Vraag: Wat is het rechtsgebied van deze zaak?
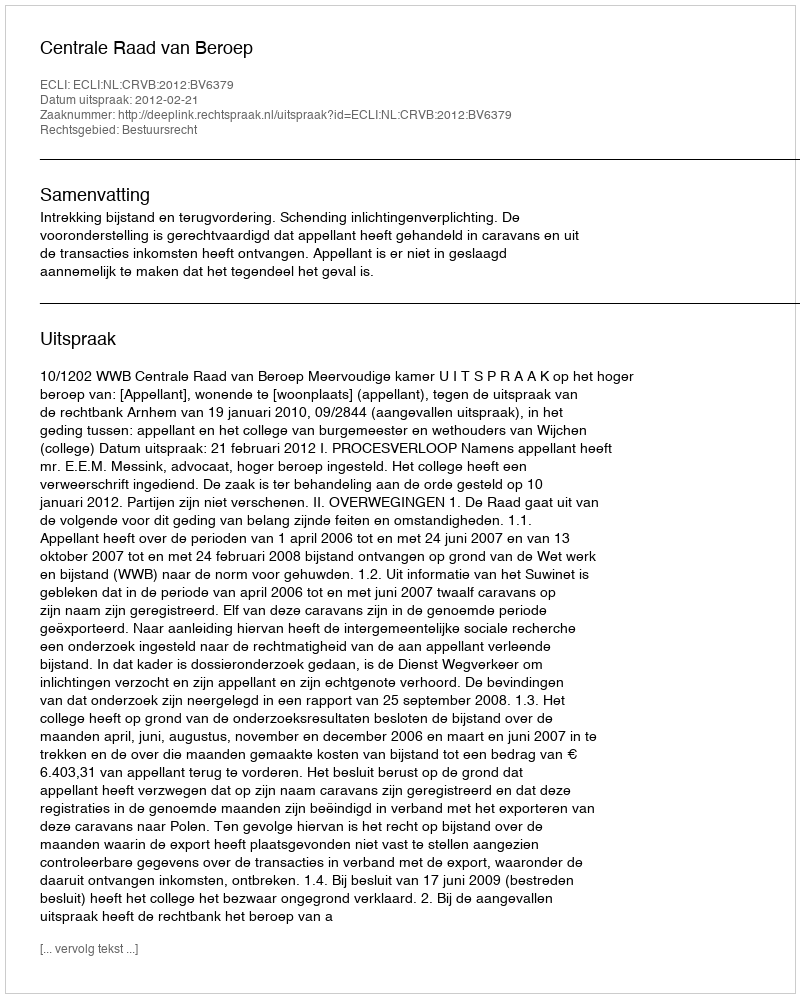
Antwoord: Bestuursrecht